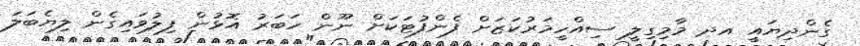
ގެންދިޔައީ އދ މާމިގިލީ ސިއްހީމަރުކަޒަށް ފެންފުޓަކަށް ނޫން ހަބަރު އޮޅުން ފިލުވައިގެން ލިޔެބަލަ